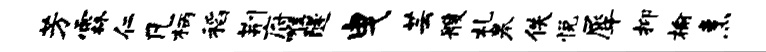
芳霖仁凡柄稻荆府唯隧曳芸艘札皋佚悦犀抑榆烹